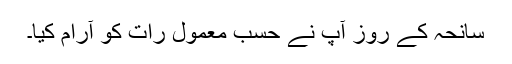
سانحہ کے روز آپ نے حسبِ معمول رات کو آرام کیا۔